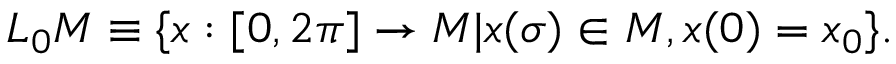
L _ { 0 } M \equiv \{ x : [ 0 , 2 \pi ] \rightarrow M | x ( \sigma ) \in M , x ( 0 ) = x _ { 0 } \} .